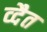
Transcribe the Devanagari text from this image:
व्दैत